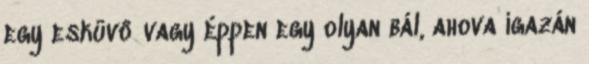
egy esküvő vagy éppen egy olyan bál, ahova igazán